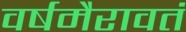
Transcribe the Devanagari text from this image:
वर्षमैरावतं